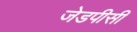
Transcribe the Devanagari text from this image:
जेडपीसी